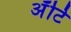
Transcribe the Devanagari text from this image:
अँटि